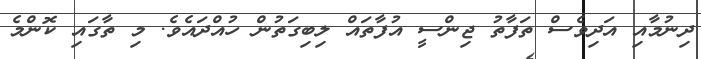
ދިނުމާއި އަދިވެސް ތަފާތު ޖިންސީ އުފާތައް ލިބިގަތުން ހުއްދައެވެ. މި ތާގައި ކޮންމެ